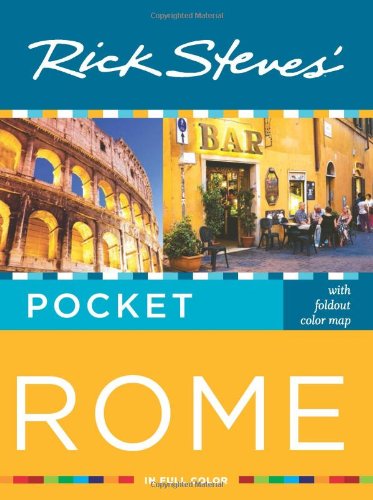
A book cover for Rick Steves' Pocket Rome; Rick Steves; Travel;